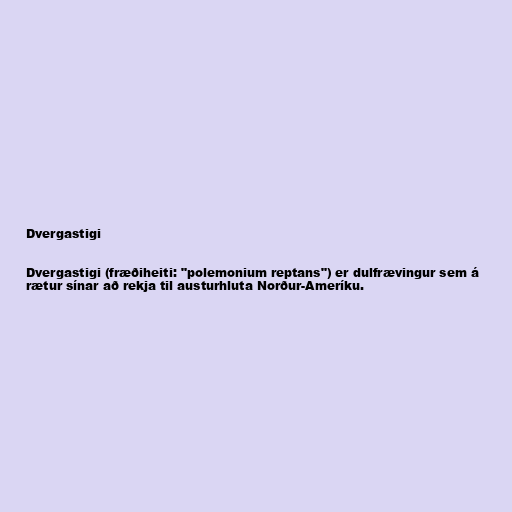
Dvergastigi

Dvergastigi (fræðiheiti: "polemonium reptans") er dulfrævingur sem á
rætur sínar að rekja til austurhluta Norður-Ameríku.